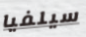
سيلفيا